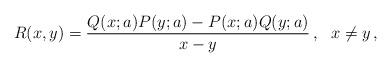
LaTeX: \begin{align*}R(x,y) = {Q(x;a)P(y;a)-P(x;a) Q(y;a)\over x-y}\, , \ \ x\neq y\, ,\end{align*}